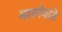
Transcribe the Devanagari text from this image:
मारनेवडि